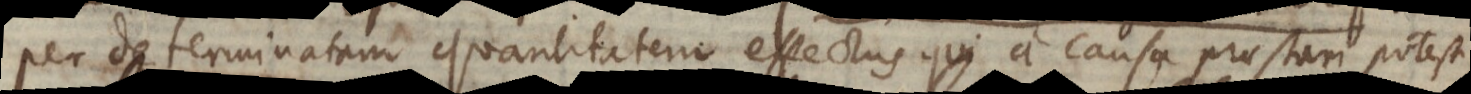
per determinatam quantitatem effectus qui a causa praestari potest,